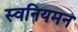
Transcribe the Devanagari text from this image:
स्वनियमन